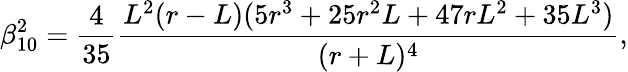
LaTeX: \beta_{10}^{2}=\frac{4}{35}\frac{L^{2}(r-L)(5r^{3}+25r^{2}L+47rL^{2}+35L^{3})}{(r+L)^{4}},